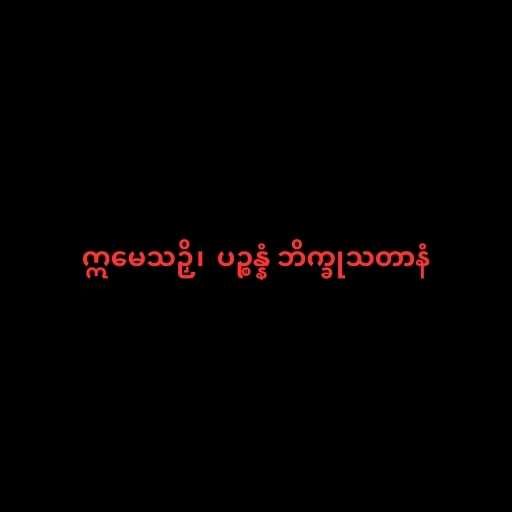
ဣမေသဉှိ၊  ပဉ္စန္နံ ဘိက္ခုသတာနံ